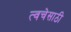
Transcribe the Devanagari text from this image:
त्वचेसाठी